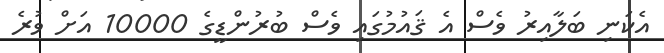
އެކަނި ބަލާއިރު ވެސް އެ ޤައުމުގައި ވެސް ބުރުންޑީގެ 10000 އަށް ވުރެ